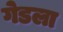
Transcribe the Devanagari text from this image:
गेडला